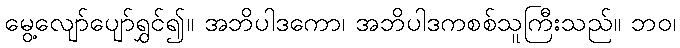
မွေ့လျော်ပျော်ရွှင်၍။ အဘိပါဒကော၊ အဘိပါဒကစစ်သူကြီးသည်။ ဘဝ၊